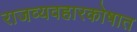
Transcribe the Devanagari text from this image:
राजव्यवहारकोषात